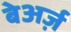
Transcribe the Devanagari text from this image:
बेअर्ज़